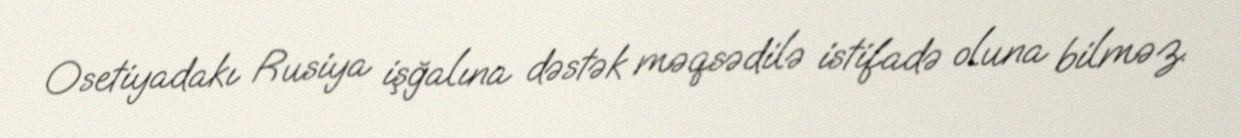
Osetiyadakı Rusiya işğalına dəstək məqsədilə istifadə oluna bilməz.